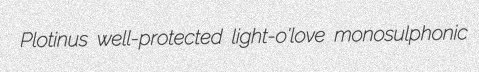
Plotinus well-protected light-o'love monosulphonic